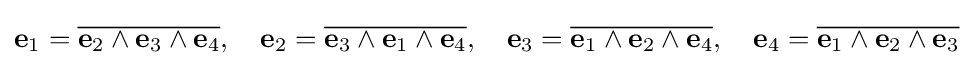
\mathbf {e} _{1}={\overline {\mathbf {e} _{2}\wedge \mathbf {e} _{3}\wedge \mathbf {e} _{4}}},\quad \mathbf {e} _{2}={\overline {\mathbf {e} _{3}\wedge \mathbf {e} _{1}\wedge \mathbf {e} _{4}}},\quad \mathbf {e} _{3}={\overline {\mathbf {e} _{1}\wedge \mathbf {e} _{2}\wedge \mathbf {e} _{4}}},\quad \mathbf {e} _{4}={\overline {\mathbf {e} _{1}\wedge \mathbf {e} _{2}\wedge \mathbf {e} _{3}}}